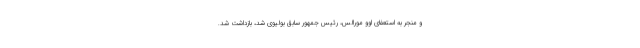
و منجر به استعفای اوو مورالس، رئیس جمهور سابق بولیوی شد، بازداشت شد.